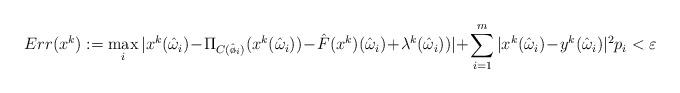
LaTeX: \begin{align*}Err(x^{k}):=\max_{i} |x^{k}(\hat\omega_{i})\!-\!\Pi_{C(\hat\o_{i})}(x^{k}(\hat\omega_{i}))\!-\!\hat F(x^{k})(\hat\omega_{i})\!+\!\lambda^{k}(\hat\omega_{i}))|\!+\!\sum_{i=1}^{m}| x^{k}(\hat\omega_{i})\!-\!y^{k}(\hat\omega_{i})|^2p_{i}<\varepsilon\end{align*}